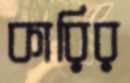
কারির